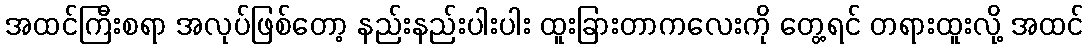
အထင်ကြီးစရာ အလုပ်ဖြစ်တော့ နည်းနည်းပါးပါး ထူးခြားတာကလေးကို တွေ့ရင် တရားထူးလို့ အထင်